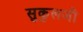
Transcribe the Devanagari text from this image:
सुकुलजी